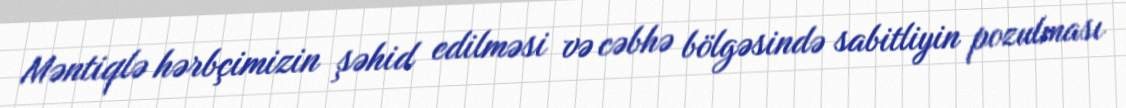
Məntiqlə hərbçimizin şəhid edilməsi və cəbhə bölgəsində sabitliyin pozulması